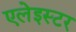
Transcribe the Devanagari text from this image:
एलेइस्टर